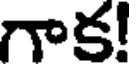
గాక!